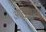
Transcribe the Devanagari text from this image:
आलेखपत्र